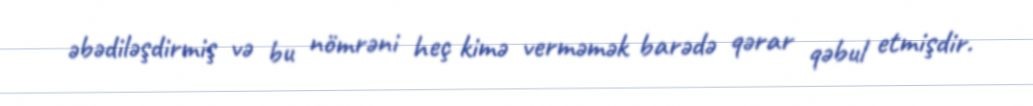
əbədiləşdirmiş və bu nömrəni heç kimə verməmək barədə qərar qəbul etmişdir.